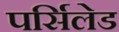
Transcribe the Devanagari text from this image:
पर्सिलेड